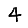
Digit: 4